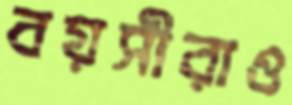
বয়সীরাও